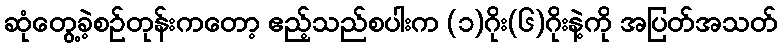
ဆုံတွေ့ခဲ့စဉ်တုန်းကတော့ ဧည့်သည်စပါးက (၁)ဂိုး(၆)ဂိုးနဲ့ကို အပြတ်အသတ်